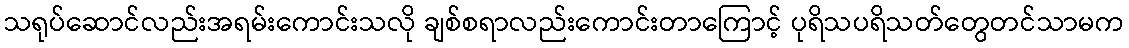
သရုပ်ဆောင်လည်းအရမ်းကောင်းသလို ချစ်စရာလည်းကောင်းတာကြောင့် ပုရိသပရိသတ်တွေတင်သာမက